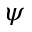
\psi